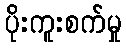
ပိုးကူးစက်မှု